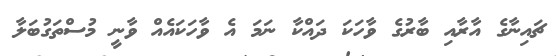
ޗައިނާގެ އާރާއި ބާރުގެ ވާހަކަ ދައްކާ ނަމަ އެ ވާހަކައެއް ވާނީ މުސްތަގުބަލާ